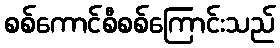
စစ်ကောင်စီစစ်ကြောင်းသည်